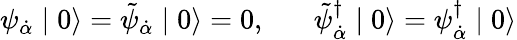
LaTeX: \psi_{\dot{\alpha}}\mid 0\rangle=\tilde{\psi}_{\dot{\alpha}}\mid 0\rangle=0,\; \; \; \; \; \; \tilde{\psi}_{\dot{\alpha}}^{\dagger}\mid 0\rangle=\psi_{\dot{\alpha}}^{\dagger}\mid 0\rangle